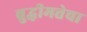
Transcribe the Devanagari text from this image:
बुद्धीमत्तेचा